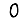
Digit: 0